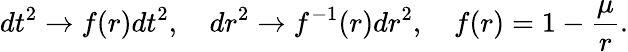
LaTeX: dt^{2}\to f(r)dt^{2},\quad dr^{2}\to f^{-1}(r)dr^{2},\quad f(r)=1-\frac{\mu}{r}.